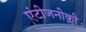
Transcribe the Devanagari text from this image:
एंटीजनीक्ली